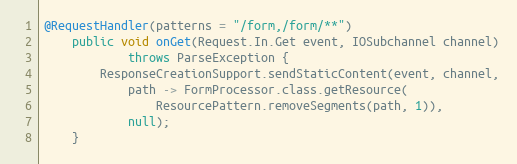
Language: Java
@RequestHandler(patterns = "/form,/form/**")
    public void onGet(Request.In.Get event, IOSubchannel channel)
            throws ParseException {
        ResponseCreationSupport.sendStaticContent(event, channel,
            path -> FormProcessor.class.getResource(
                ResourcePattern.removeSegments(path, 1)),
            null);
    }